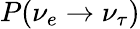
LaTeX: P(\nu_{e}\rightarrow\nu_{\tau})